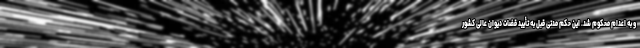
و به اعدام محکوم شد. این حکم مدتی قبل به تأیید قضات دیوان عالی کشور